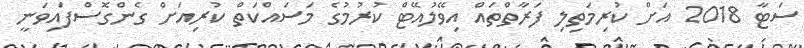
ސަޓާ 2018 އަށް ކުރިމަތިލި ފަރާތްތައް އިވޭލުއޭޓް ކުރުމުގެ މަސައްކަތް ކުރިއަށް ގެންގޮސްފައިވަނީ